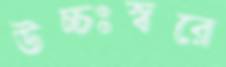
উচ্চঃস্বরে